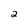
Character: 2